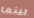
بينما